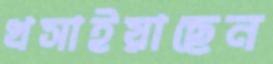
খসাইয়াছেন